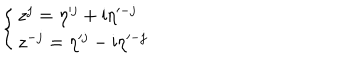
\left\{ \begin{array} { l } { { z ^ { j } = \eta ^ { j } + \mathrm { i } \eta ^ { - j } } } \\ { { z ^ { - j } = \eta ^ { j } - \mathrm { i } \eta ^ { - j } } } \\ \end{array} \right.